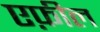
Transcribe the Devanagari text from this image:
एफ़ील